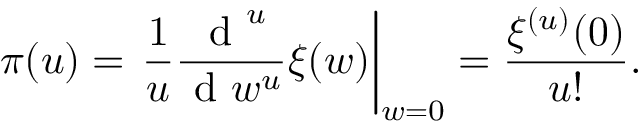
\pi ( u ) = \left. \frac { 1 } { u } \frac { \mathrm { ~ d ~ } ^ { u } } { \mathrm { ~ d ~ } w ^ { u } } \xi ( w ) \right| _ { w = 0 } = \frac { \xi ^ { ( u ) } ( 0 ) } { u ! } .